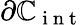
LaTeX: \partial{\mathbb{C}}_{\mathrm{{~i~n~t~}}}